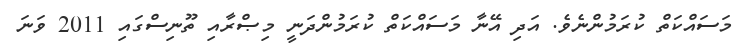
މަސައްކަތް ކުރަމުންނެވެ. އަދި އޭނާ މަސައްކަތް ކުރަމުންދަނީ މިޞްރާއި ތޫނިސްގައި 2011 ވަނަ